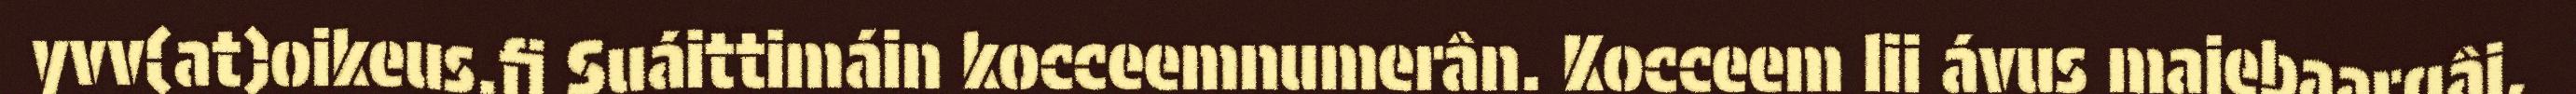
yvv(at)oikeus.fi Suáittimáin kocceemnumerân. Kocceem lii ávus majebaargâi,